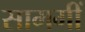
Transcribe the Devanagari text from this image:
सामगीं